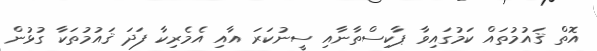
އޮތް ޤައުމުތައް ކަމުގައިވާ ޕާކިސްތާނާއި ސީނުކަރަ އާއި އެމެރިކާ ފަދަ ޤައުމުތަކާ ގުޅުން